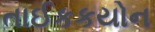
તાઈકકયોન